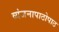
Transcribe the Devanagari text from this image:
व्यंजनापाठोपाठ